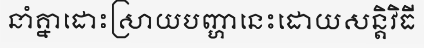
នាំគ្នាដោះស្រាយបញ្ហានេះដោយសន្តិវិធី